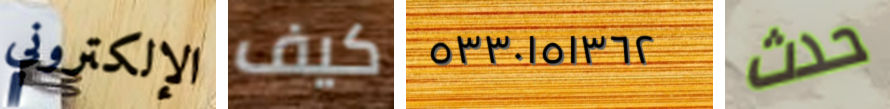
الإلكتروني كيف ٥٣٣٠١٥١٣٦٢ حدث